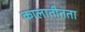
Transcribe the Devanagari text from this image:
कालातीतता